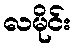
လမိုင်း